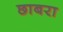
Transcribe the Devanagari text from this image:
छाबरा